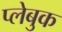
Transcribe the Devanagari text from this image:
प्लेबुक